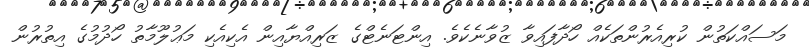
މަސައްކަތުން ކުރިއެރުންތަކެއް ހޯދާފައިވާ ޒުވާނެކެވެ. އިންޓަނެޓްގެ ޒަރިއްޔާއިން އެކިއެކި މަޢުލޫމާތު ހޯދުމުގެ އިތުރުން